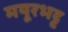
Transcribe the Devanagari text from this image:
मयूरभट्ट